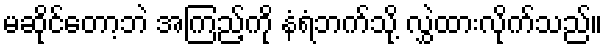
မဆိုင်တော့ဘဲ အကြည့်ကို နံရံဘက်သို့ လွှဲထားလိုက်သည်။